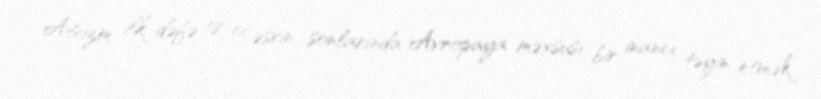
Ateizm ilk dəfə 18-ci əsrin sonlarında Avropaya məxsusi bir inancı təyin etmək